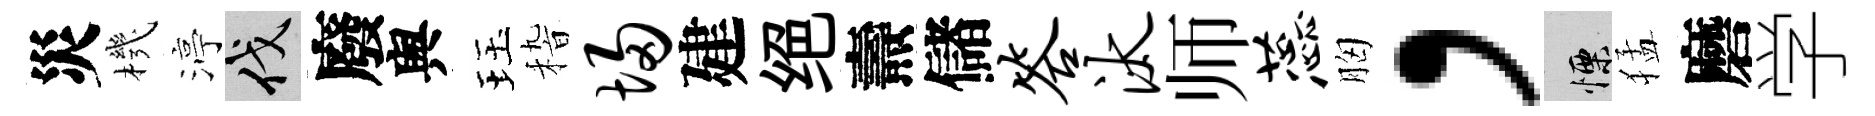
災機渟伐廢舆珏𥟵埽建绝燾儲答汰师蕊胸，慄猛磨学